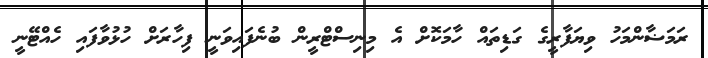
ރަމަޟާންމަހު ވިޔަފާރީގެ ގަޑިތައް ހާމަކޮށް އެ މިނިސްޓްރީން ބުނެފައިވަނީ ފިހާރަށް ހުޅުވާފައި ހެއްޓޭނީ